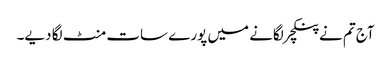
آج تم نے پنکچر لگانے میں پورے سات منٹ لگا دیے۔